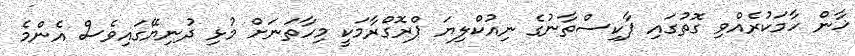
ޚާން ހާމަކުރެއްވި ގޮތުގައި ޕާކިސްތާނުގެ ނިއުކްލިޔަ ޕްރޮގްރާމަކީ މިހާތަނަށް މުޅި ދުނިޔޭގައިވެސް އެންމެ